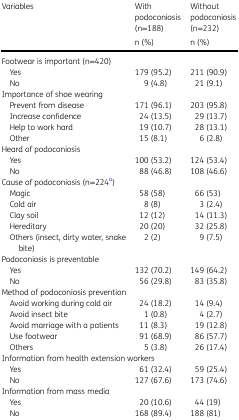
| <ROWSPAN=2> Variables | With podoconiosis (n=188) | Without podoconiosis (n=232) |
 | n (%) | n (%) |
 | --- | --- | --- |
 | <COLSPAN=3> Footwear is important (n=420) |
 | Yes | 179 (95.2) | 211 (90.9) |
 | No | 9 (4.8) | 21 (9.1) |
 | <COLSPAN=3> Importance of shoe wearing |
 | Prevent from disease | 171 (96.1) | 203 (95.8) |
 | Increase confidence | 24 (13.5) | 29 (13.7) |
 | Help to work hard | 19 (10.7) | 28 (13.1) |
 | Other | 15 (8.1) | 6 (2.8) |
 | <COLSPAN=3> Heard of podoconiosis |
 | Yes | 100 (53.2) | 124 (53.4) |
 | No | 88 (46.8) | 108 (46.6) |
 | <COLSPAN=3> Cause of podoconiosis (n=224a) |
 | Magic | 58 (58) | 66 (53) |
 | Cold air | 8 (8) | 3 (2.4) |
 | Clay soil | 12 (12) | 14 (11.3) |
 | Hereditary | 20 (20) | 32 (25.8) |
 | Others (insect, dirty water, snakebite) | 2 (2) | 9 (7.5) |
 | <COLSPAN=3> Podoconiosis is preventable |
 | Yes | 132 (70.2) | 149 (64.2) |
 | No | 56 (29.8) | 83 (35.8) |
 | <COLSPAN=3> Method of podoconiosis prevention |
 | Avoid working during cold air | 24 (18.2) | 14 (9.4) |
 | Avoid insect bite | 1 (0.8) | 4 (2.7) |
 | Avoid marriage with a patients | 11 (8.3) | 19 (12.8) |
 | Use footwear | 91 (68.9) | 86 (57.7) |
 | Others | 5 (3.8) | 26 (17.4) |
 | <COLSPAN=3> Information from health extension workers |
 | Yes | 61 (32.4) | 59 (25.4) |
 | No | 127 (67.6) | 173 (74.6) |
 | <COLSPAN=3> Information from mass media |
 | Yes | 20 (10.6) | 44 (19) |
 | No | 168 (89.4) | 188 (81) |